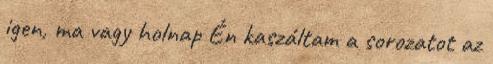
igen, ma vagy holnap Én kaszáltam a sorozatot az